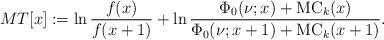
LaTeX: \begin{align*}MT[x]:=\ln\frac{f(x)}{f(x+1)}+\ln\frac{\Phi_0(\nu;x)+\mathrm{MC}_k(x)}{\Phi_0(\nu;x+1)+\mathrm{MC}_k(x+1)}.\end{align*}